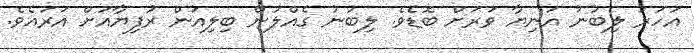
އަހަރު ލިބުނު އަނިޔާ ވަރަށް ބޮޑެވެ. ލިބުނު ގެއްލުން ބިލިއަން ރުފިޔާއަށް އަރައެވެ.